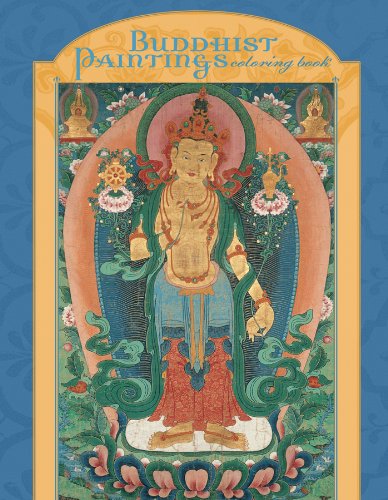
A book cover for Buddhist Paintings Coloring Book; Asian Art Museum of San Francisco; Children's Books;